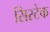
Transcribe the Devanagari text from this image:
सिस्टेक